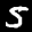
Label: 5